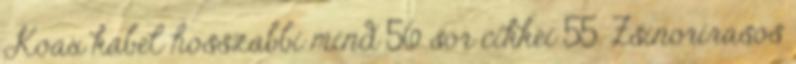
Koax kabel hosszabbi mind 56 sor cikkei 55. Zsinorirasos